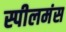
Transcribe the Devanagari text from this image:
स्पीलमंस